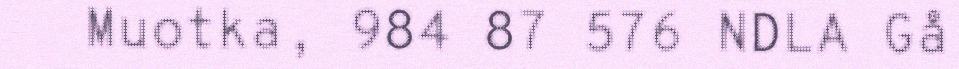
Muotka, 984 87 576 NDLA Gå